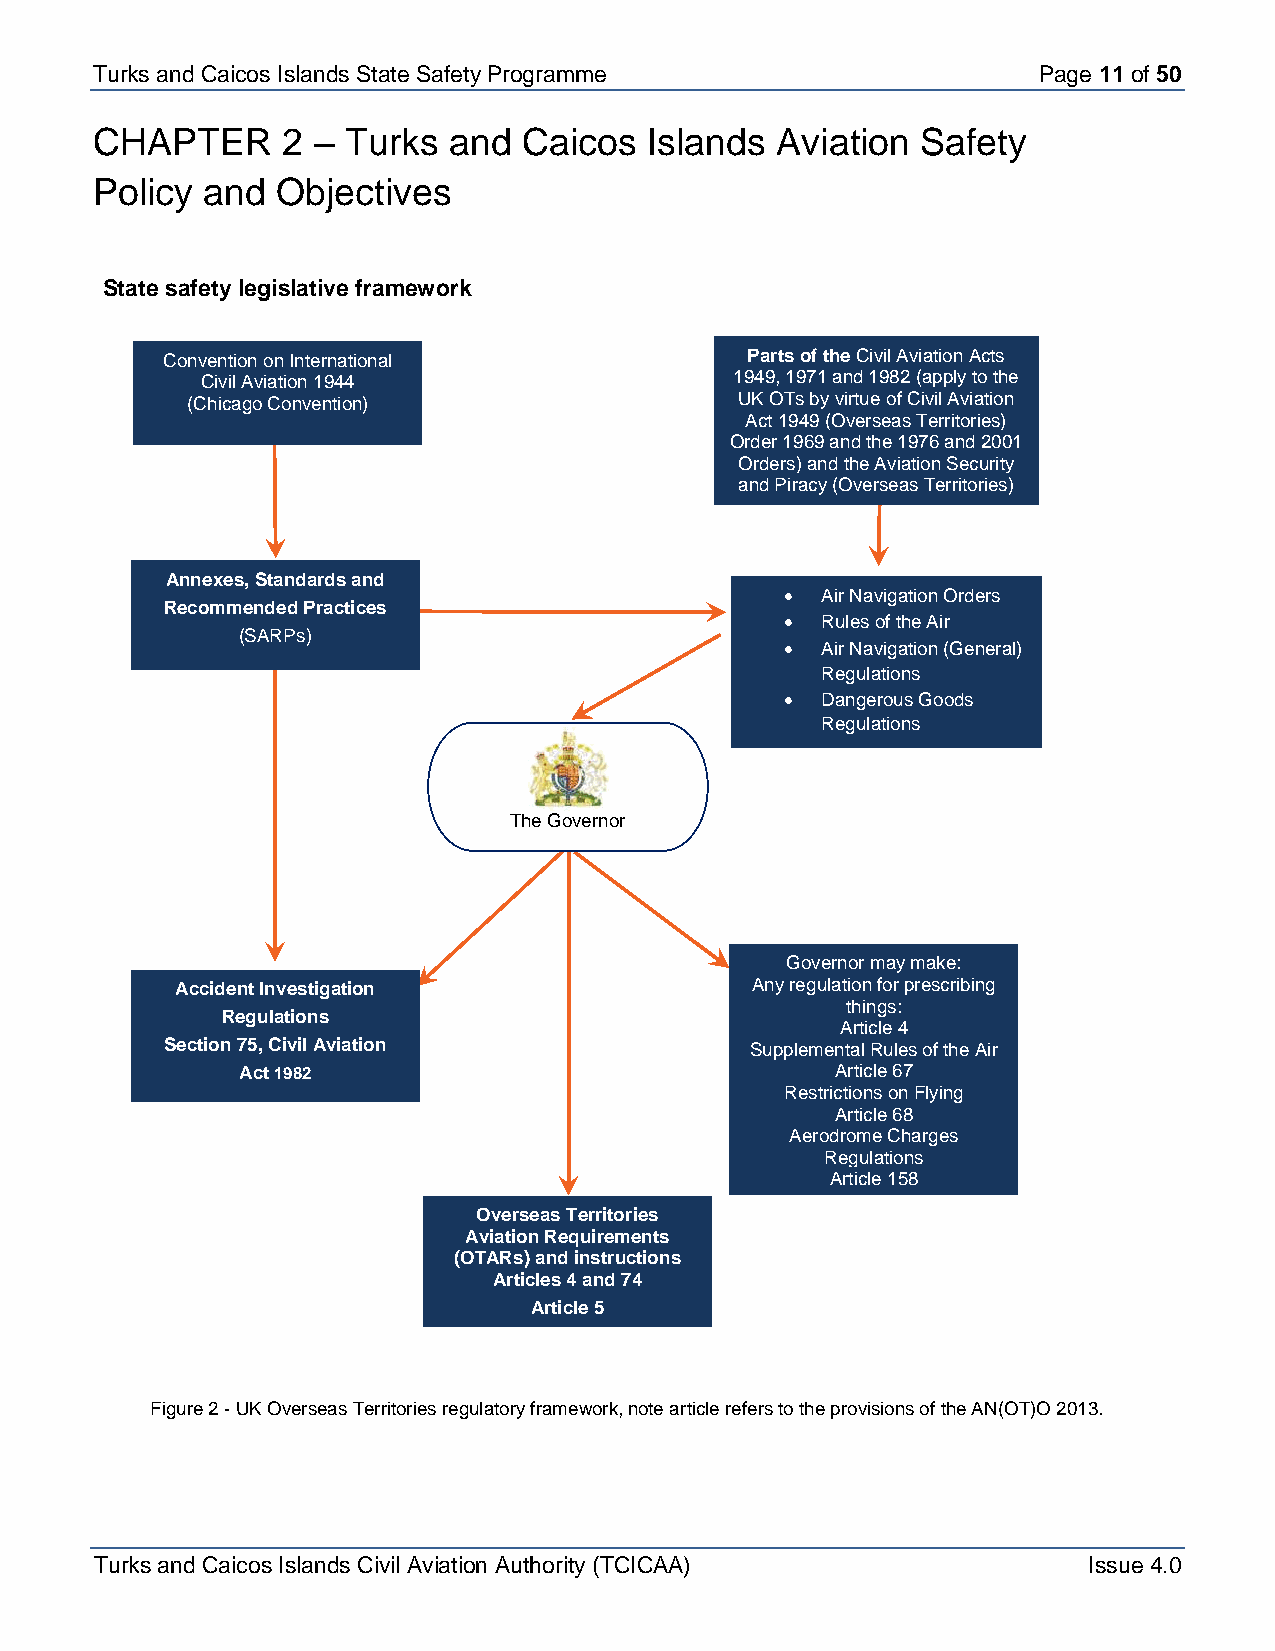
Turks and Caicos Is lands State Safety Programme               Page 11 of 50
 CHAPTER      2 – Turks  and  Caicos  Islands Aviation  Safety
 Policy and  Objectives
 State safety legislative framework
 Convention on International           Parts of the Civil Aviation Acts
 Civil Aviation 1944                 1949, 1971 and 1982 (apply to the
 (Chicago Convention)                 UK OTs by virtue of Civil Aviation
 Act 1949 (Overseas Territories)
 Order 1969 and the 1976 and 2001
 Orders) and the Aviation Security
 and Piracy (Overseas Territories)
 Order 2000
 Annexes, Standards and
 • Air Navigation Orders
 Recommended Practices
 • Rules of the Air
 (SARPs)
 • Air Navigation (General)
 Regulations
 • Dangerous Goods
 Regulations
 The Governor
 Governor may make:
 Accident Investigation                Any regulation for prescribing
 Regulations
 things:
 Article 4
 Section 75, Civil Aviation             Supplemental Rules of the Air
 Act 1982                               Article 67
 Restrictions on Flying
 Article 68
 Aerodrome Charges
 Regulations
 Article 158
 Fees and Charges
 Overseas Territories
 Article 4
 Aviation Requirements
 (OTARs) and instructions
 Articles 4 and 74
 Article 5
 Figure 2 - UK Overseas Territories regulatory framework, note article refers to the provisions of the AN(OT)O 2013.
 Turks and Caicos Islands Civil Aviation Authority (TCICAA)        Issue 4.0